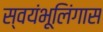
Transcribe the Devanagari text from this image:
स्वयंभूलिंगास